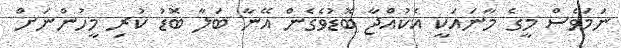
ނަމަވެސް މީގެ މާނައަކީ އެކުއްޖާ ބޮޑުވެގެން އޭނާ ބަލާ ބޮޑު ކުރި މީހުންނަށް